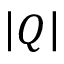
\left| Q \right|